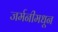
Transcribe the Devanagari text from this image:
जर्मनीमधून